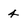
Character: 4